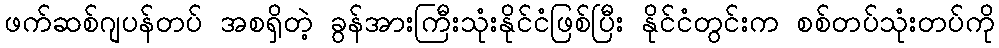
ဖက်ဆစ်ဂျပန်တပ် အစရှိတဲ့ ခွန်အားကြီးသုံးနိုင်ငံဖြစ်ပြီး နိုင်ငံတွင်းက စစ်တပ်သုံးတပ်ကို